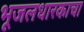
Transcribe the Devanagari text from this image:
भूजलधारकाचा